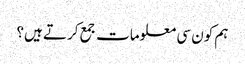
ہم کون سی معلومات جمع کرتے ہیں؟